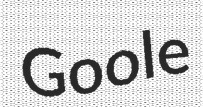
Goole